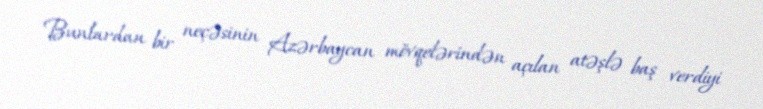
Bunlardan bir neçəsinin Azərbaycan mövqelərindən açılan atəşlə baş verdiyi